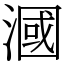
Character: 漍